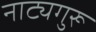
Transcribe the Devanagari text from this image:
नाट्यगुरू